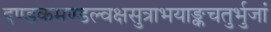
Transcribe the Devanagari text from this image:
दण्डकमण्डल्वक्षसुत्राभयाङ्कचतुर्भुजां